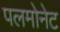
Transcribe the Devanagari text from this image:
पलमोनेट